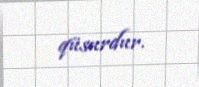
qüsurdur.